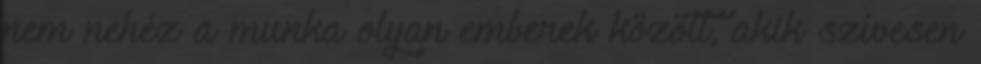
nem nehéz a munka olyan emberek között, akik szívesen